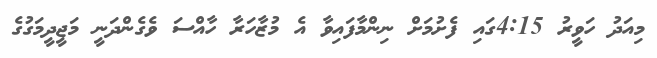
މިއަދު ހަވީރު 4:15ގައި ފެށުމަށް ނިންމާފައިވާ އެ މުޒާހަރާ ހާއްސަ ވެގެންދަނީ މަޖީދީމަގުގެ